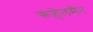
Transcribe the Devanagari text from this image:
रूहेलमैन